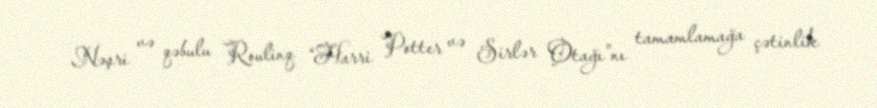
Nəşri və qəbulu Roulinq “Harri Potter və Sirlər Otağı”nı tamamlamağa çətinlik